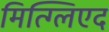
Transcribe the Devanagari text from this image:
मित्ग्लिएद